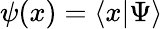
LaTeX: \psi(x)=\langle x|\Psi\rangle